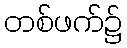
တစ်ဖက်၌